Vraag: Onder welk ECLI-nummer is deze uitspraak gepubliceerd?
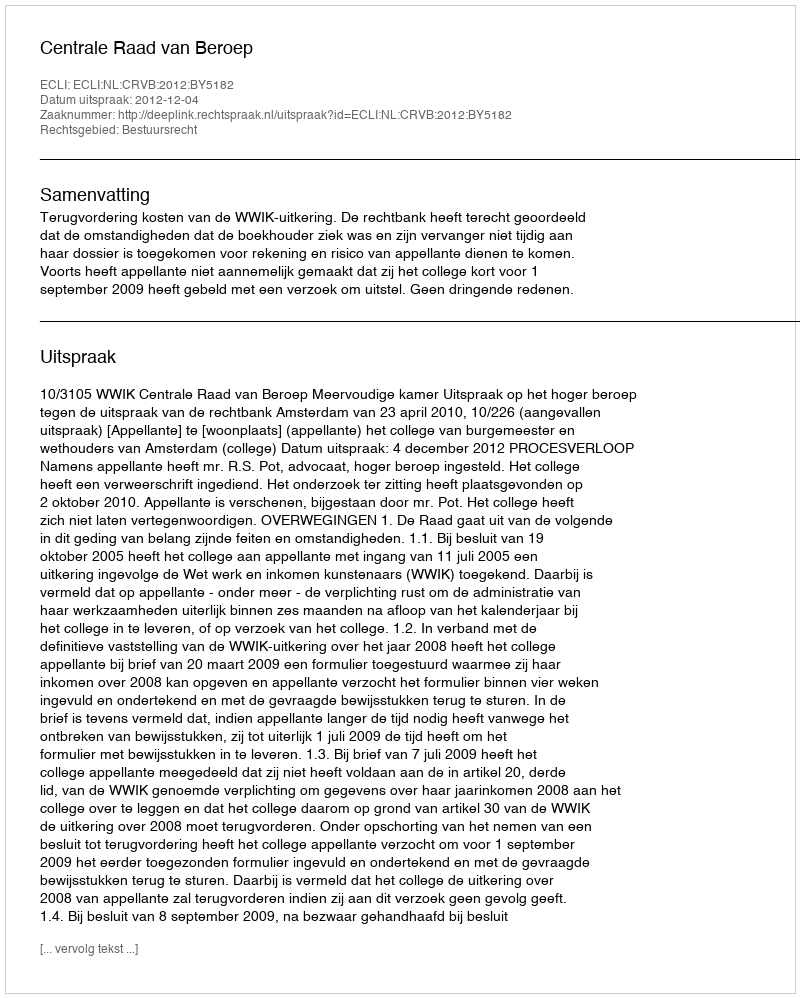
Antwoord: ECLI:NL:CRVB:2012:BY5182